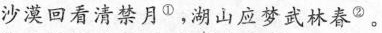
沙漠回看清禁月①，湖山应梦武林春②。